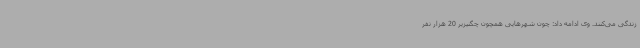
زندگی می‌کنند. وی ادامه داد: چون شهرهایی همچون چگنیزیر 20 هزار نفر